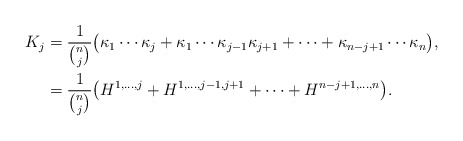
\begin{align*}\begin{aligned} K_j &=\frac{1}{\binom{n}{j}}\big(\kappa_1\cdots \kappa_j+\kappa_1\cdots \kappa_{j-1}\kappa_{j+1}+\cdots +\kappa_{n-j+1}\cdots \kappa_n\big), \\ & =\frac{1}{\binom{n}{j}}\big(H^{1,\ldots, j}+H^{1,\ldots, j-1,j+1}+\cdots +H^{n-j+1,\ldots, n}\big).\end{aligned}\end{align*}